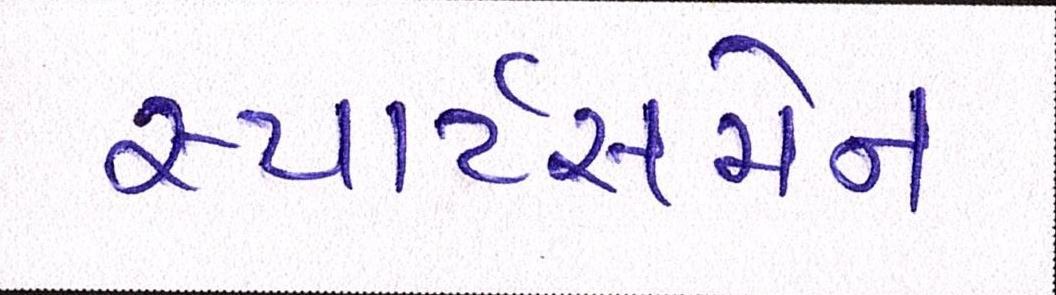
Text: સ્પોર્ટસમેન